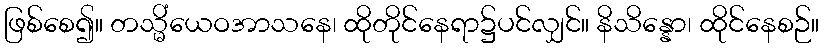
ဖြစ်စေ၍။ တသ္မိံယေဝအာသနေ၊ ထိုတိုင်နေရာ၌ပင်လျှင်။ နိသိန္နော၊ ထိုင်နေစဉ်။